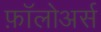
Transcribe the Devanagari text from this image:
फ़ॉलोअर्स